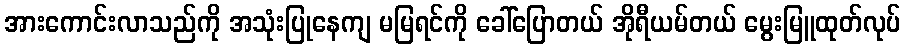
အားကောင်းလာသည်ကို အသုံးပြုနေကျ မမြရင်ကို ခေါ်ပြောတယ် အိုရီယမ်တယ် မွေးမြူထုတ်လုပ်